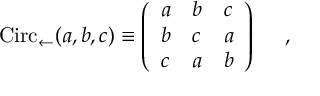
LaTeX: \mathrm { C i r c } _ { \leftarrow } ( a , b , c ) \equiv \left( \begin{array} { l l l } { { a } } & { { b } } & { { c } } \\ { { b } } & { { c } } & { { a } } \\ { { c } } & { { a } } & { { b } } \end{array} \right) ~ ~ ~ ~ ,